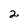
Character: 2